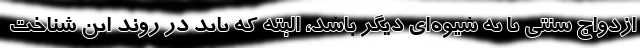
ازدواج سنتی یا به شیوه‌ای دیگر باشد، البته که باید در روند این شناخت